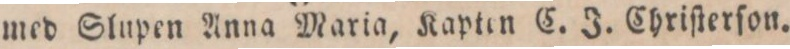
med Slupen Anna Maria, Kapten C. J. Chriſterſon.